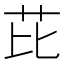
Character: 芘